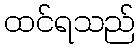
ထင်ရသည်